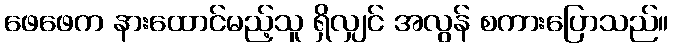
ဖေဖေက နားထောင်မည့်သူ ရှိလျှင် အလွန် စကားပြောသည်။